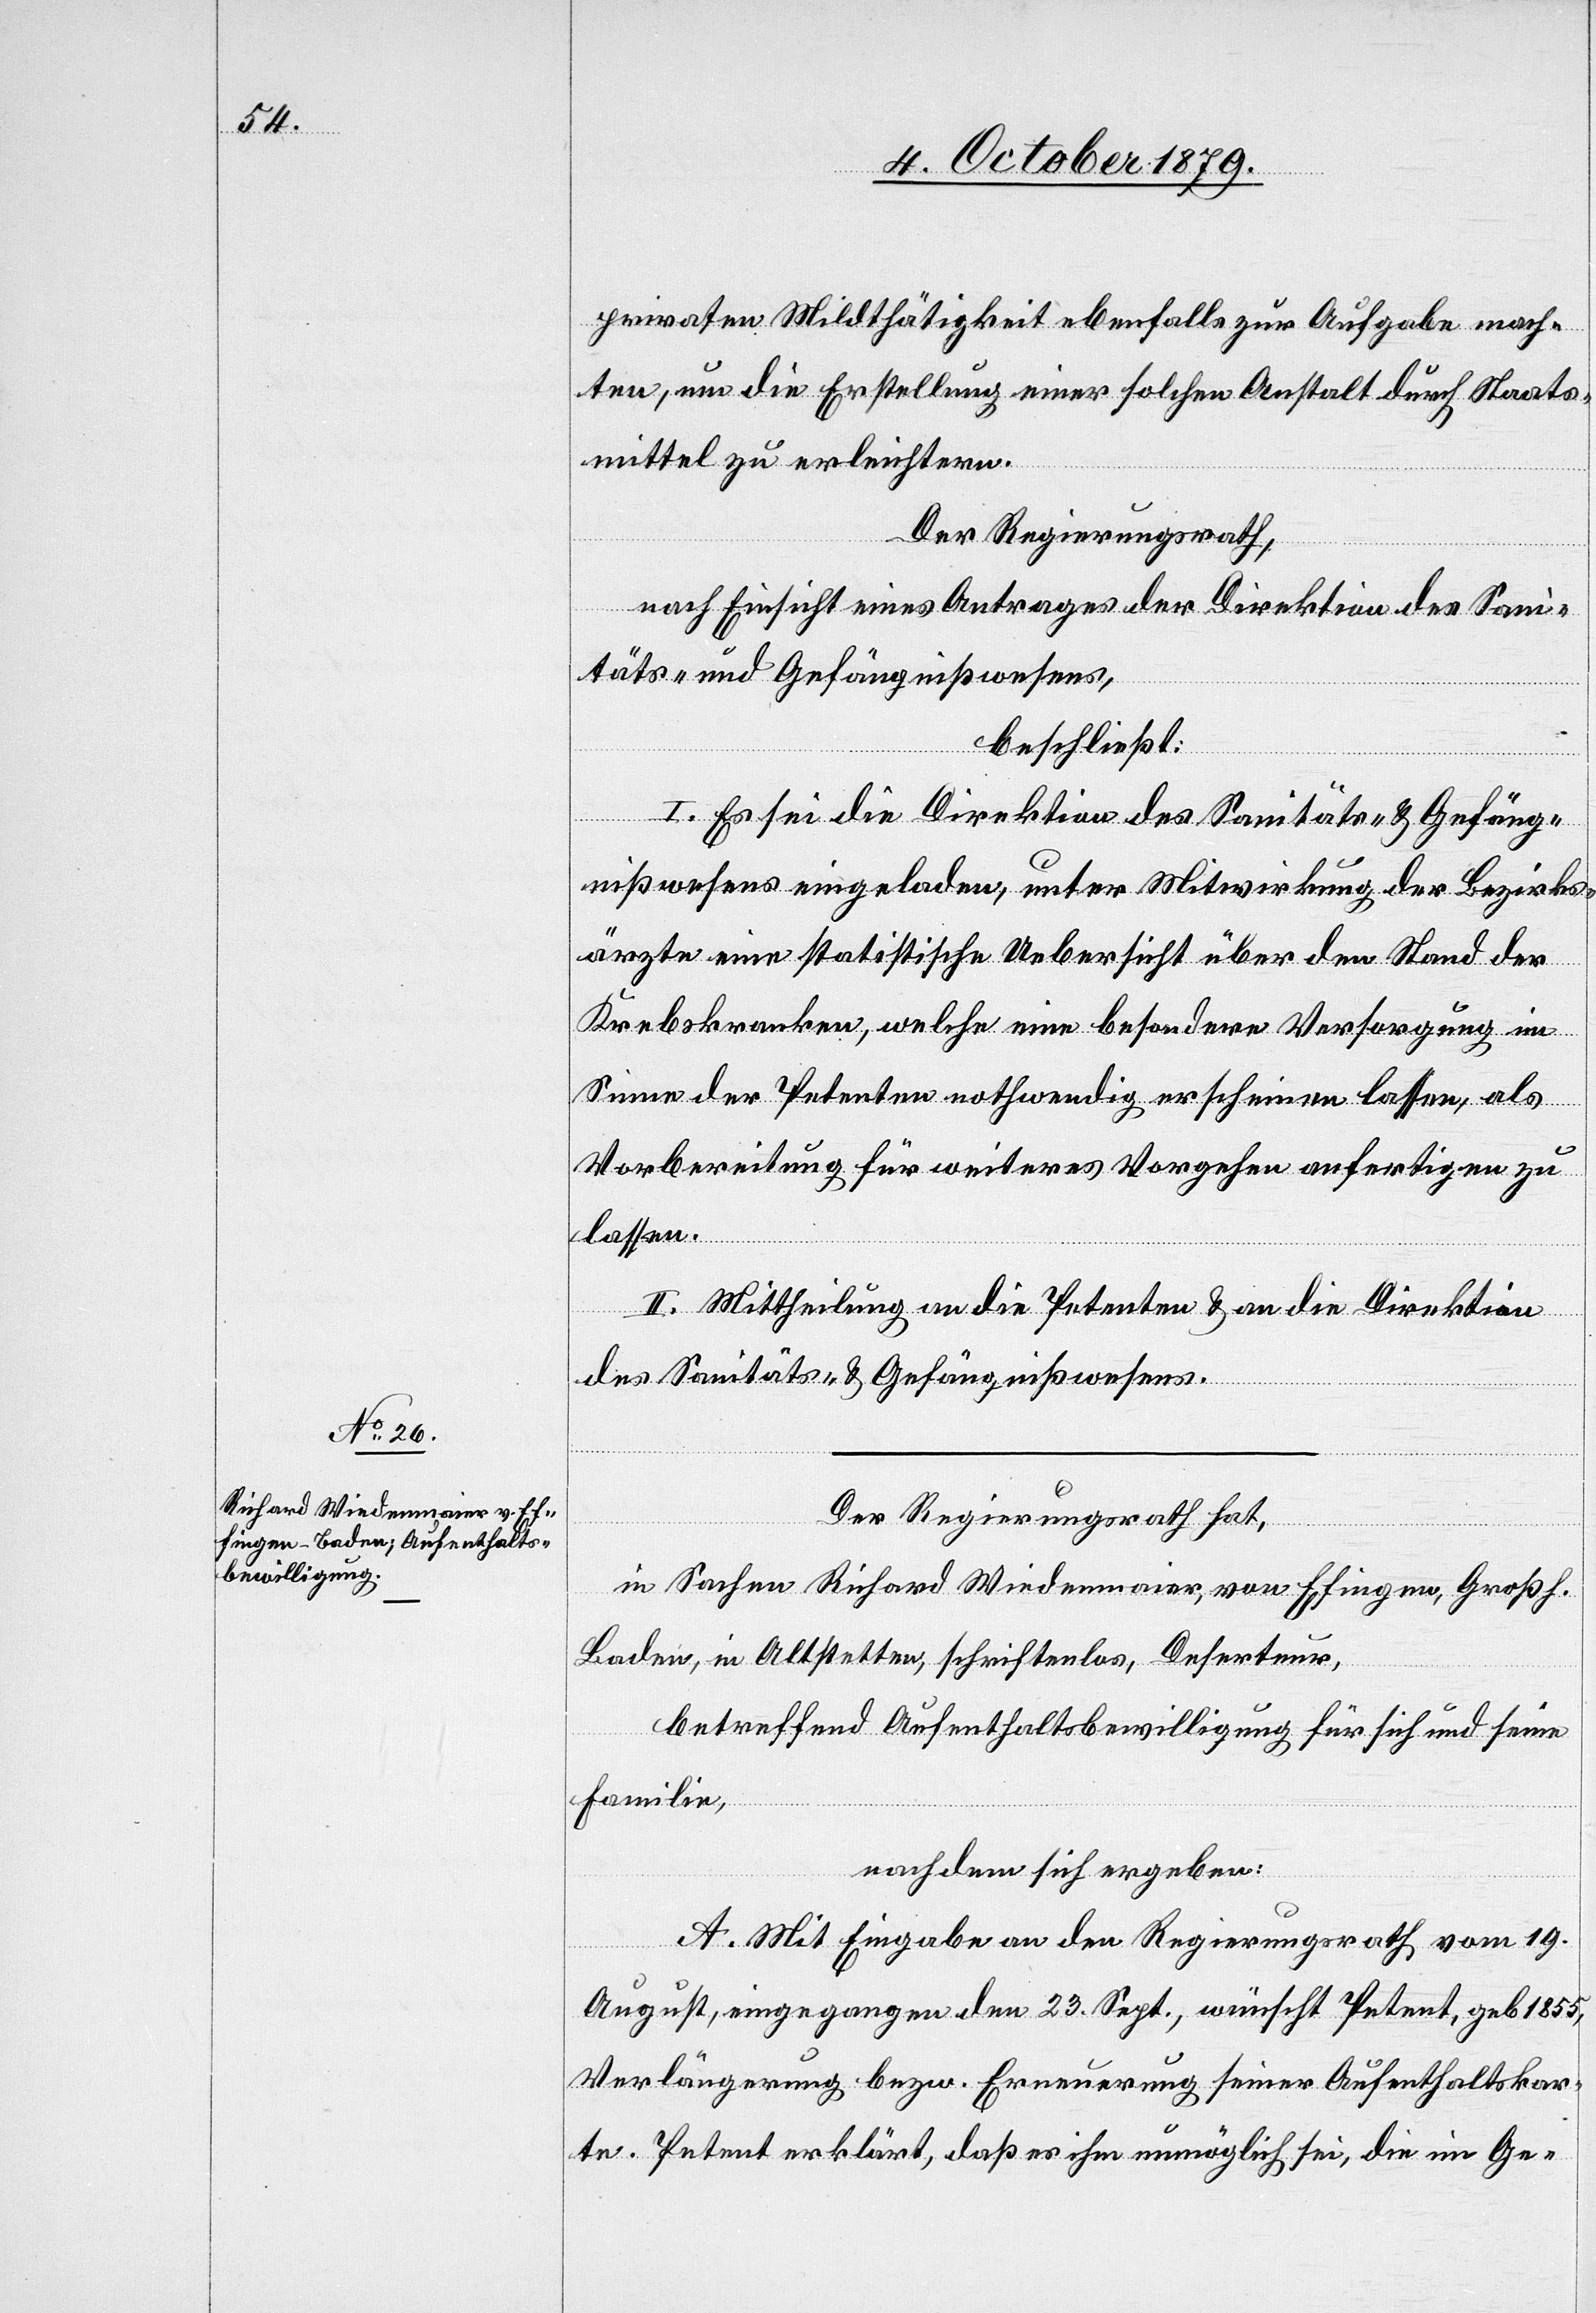
privaten Mildthätigkeit ebenfalls zur Aufgabe mach¬
ten, um die Erstellung einer solchen Anstalt durch Staats¬
mittel zu erleichtern.
Der Regierungsrath,
nach Einsicht eines Antrages der Direktion des Sani¬
täts- und Gefängißwesens,
beschließt:
I. Es sei die Direktion des Sanitäts- & Gefäng¬
nißwesens eingeladen, unter Mitwirkung der Bezirks¬
ärzte eine statistische Uebersicht über den Stand der
Krebskranken, welche eine besondere Versorgung im
Sinne der Petenten nothwendig erscheinen lassen, als
Vorbereitung für weiteres Vorgehen anfertigen zu
lassen.
II. Mittheilung an die Petenten & an die Direktion
des Sanitäts- & Gefängnißwesens.
Der Regierungsrath hat,
in Sachen Richard Wiedenmaier, von Efingen, Grossh.
Baden, in Altstetten schriftenlos, Deserteur,
betreffend Aufenthaltsbewilligung für sich und seine
Familie,
nachdem sich ergeben:
A. Mit Eingabe an den Regierungsrath vom 19.
August, eingegangen den 23. Sept., wünscht Petent, geb. 1855,
Verlängerung bezw. Erneuerung seiner Aufenthaltskar¬
te. Petent erklärt, daß es ihm unmöglich sei, die im Ge-